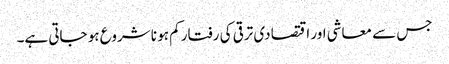
جس سے معاشی اور اقتصادی ترقی کی رفتار کم ہو نا شروع ہو جاتی ہے۔